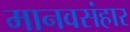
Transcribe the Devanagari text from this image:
मानवसंहार